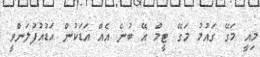
މިއީ މަގޭ ގައުމު މަގޭ ޓީމް އޭ ބުނެ އެއް އަޑަކުން އަޑުއުފުލަންވީ